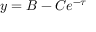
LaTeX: y = B - C e ^ { - \tau }